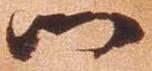
御